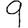
Digit: 9